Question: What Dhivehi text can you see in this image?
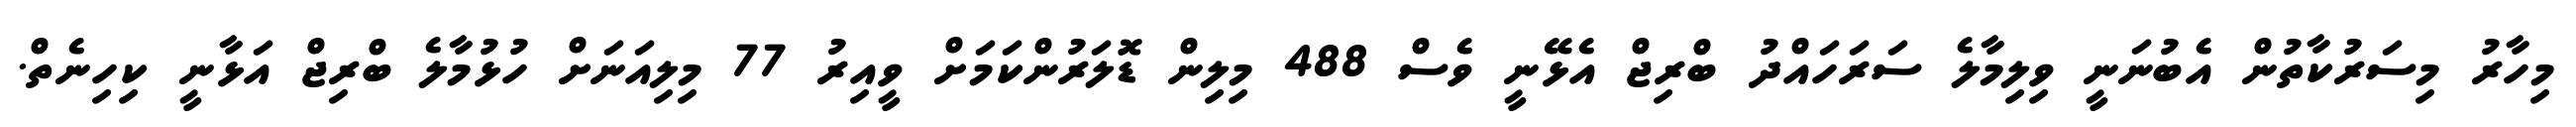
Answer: މިހާރު މިސަރުކާތުން އެބުނަނީ ވިލިމާލެ ސަރަހައްދު ބްރިޖް އެޅޭނީ ވެސް 488 މިލިން ޑޮލަރުންކަމަށް ވީއިރު 77 މިލިއަނަށް ހުޅުމާލެ ބްރިޖް އަޅާނީ ކިހިނެތް.